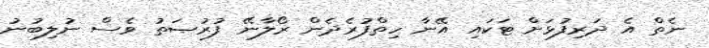
ނެތް އެ ދަރިފުޅަށް ޓަކައި އޭނާ ހިތްފުރެދެން ރޯލާނޭ ފުރުޞަތު ވެސް ނުލިބުނު